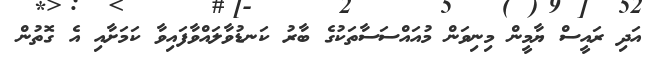
އަދި ރައީސް ޔާމީން މިނިވަން މުއައްސަސާތަކުގެ ބާރު ކަނޑުވާލައްވާފައިވާ ކަމަށާއި އެ ގޮތުން